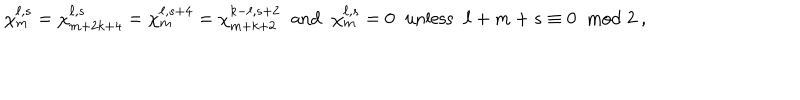
\chi _ { m } ^ { \ell , s } = \chi _ { m + 2 k + 4 } ^ { \ell , s } = \chi _ { m } ^ { \ell , s + 4 } = \chi _ { m + k + 2 } ^ { k - \ell , s + 2 } \; \; \mathrm { a n d } \; \; \chi _ { m } ^ { \ell , s } = 0 \; \; \mathrm { u n l e s s } \; \; \ell + m + s \equiv 0 \; \; \mathrm { m o d } \; 2 ~ ,